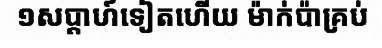
១សប្តាហ៍ទៀតហើយ ម៉ាក់ប៉ាគ្រប់